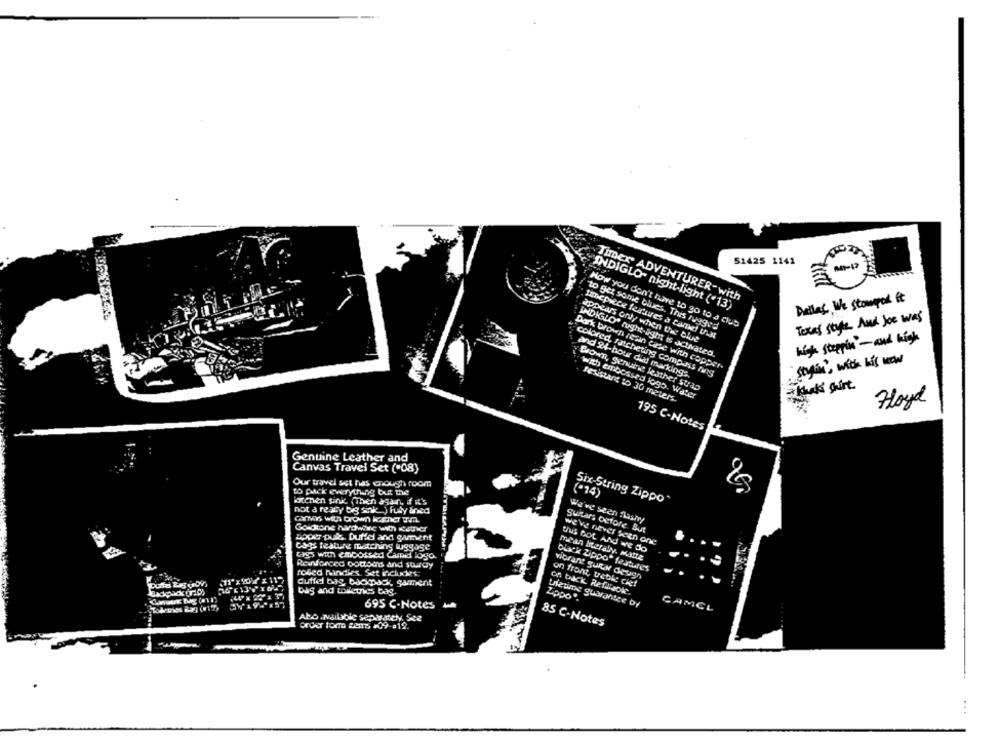
51425 1142
Timex ADVENTURER-with
Dallas We stowpor it
INDIGLO- night-light ('13)
Texas style And Joe was
to get some blues. This rugged
How you don't have to go to a club
appears only when the blue
tenepièce features a carnel Ut
high steppin - and high
INDIGLO" right-light is activated.
stylin', with his Now
Dark brown re'in case with copper.
colored ratcheting compass ning
and 24-hour dial markings.
Brown, genuine leather strap
= Khaki gurt
"with embossed logo. Water
Jesisure to 30 meters.
Floyd
195 C-Notes
Genuine Leather and
Canvas Travel Set (-08)
Our travel set has enough room
to pack everything but the
(*14)
kenen sink Cihen again, if it's
Six-String Zippo
not a reary big sink ) Fully aned
We've seen flashry
Goldtone hardwive win cather
guitars ocfore. But
spor pul Duffel and gamment
we've never seen one
cogs feature matching luggage
this BOL And We do
tags with embossed Card logo.
mean inerally. Molte
Reinforced portoos and sturdy
roded mandies Set includes:
black Zippo" features
vibrant Sury desgn
duffel bag, backpack, gamment
on front, treble chef
big and toiletries bag.
on back RefillJoke.
Zippo".
695 C-Notes u
Victime guarantee of
CAMCL
Aho .Nailable separately, See
85 C-Notes